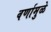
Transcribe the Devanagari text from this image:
वर्णामुळे